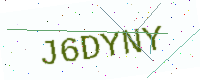
Text: J6DYNY